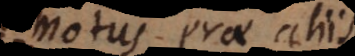
motus prae aliis